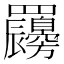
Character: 𦍇